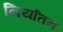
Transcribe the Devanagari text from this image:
निर्यातन